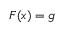
\boldsymbol { F } ( \boldsymbol { x } ) = \boldsymbol { g }